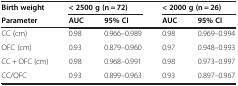
<table><thead><tr><td><b>Birth weight</b></td><td colspan="2"><b>&lt; 2500 g (n = 72)</b></td><td colspan="2"><b>&lt; 2000 g (n = 26)</b></td></tr><tr><td><b>Parameter</b></td><td><b>AUC</b></td><td><b>95% CI</b></td><td><b>AUC</b></td><td><b>95% CI</b></td></tr></thead><tbody><tr><td>CC (cm)</td><td>0.98</td><td>0.966–0.989</td><td>0.98</td><td>0.969–0.994</td></tr><tr><td>OFC (cm)</td><td>0.93</td><td>0.879–0.960</td><td>0.97</td><td>0.948–0.993</td></tr><tr><td>CC + OFC (cm)</td><td>0.98</td><td>0.968–0.991</td><td>0.98</td><td>0.973–0.997</td></tr><tr><td>CC/OFC</td><td>0.93</td><td>0.899–0.963</td><td>0.93</td><td>0.897–0.967</td></tr></tbody></table>